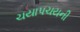
ચયાપચયની